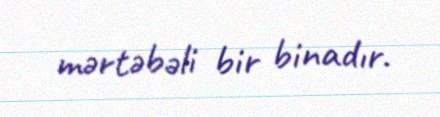
mərtəbəli bir binadır.